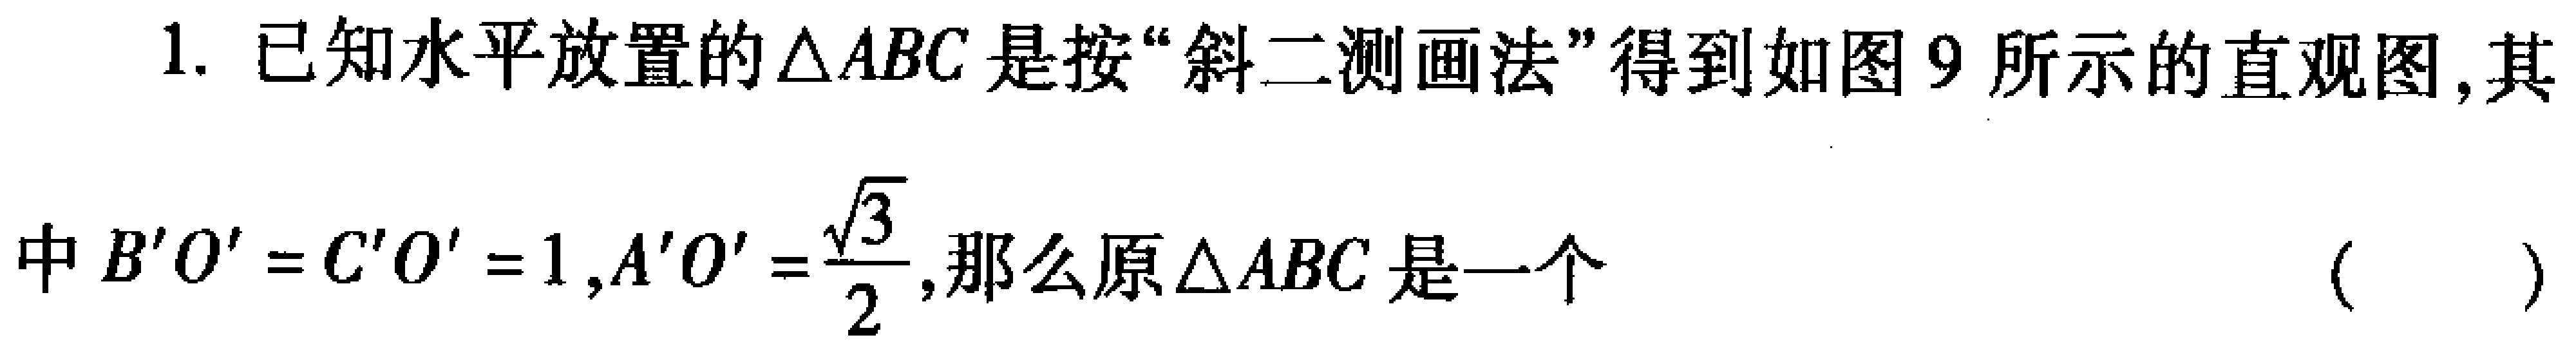
1. 已知水平放置的$\triangle ABC$是按“斜二测画法”得到如图 9 所示的直观图, 其
中$B'O' = C'O' = 1,A'O'=\frac{\sqrt{3}}{2}$,那么原$\triangle ABC$是一个 （  ）